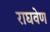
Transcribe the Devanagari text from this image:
राघवेण